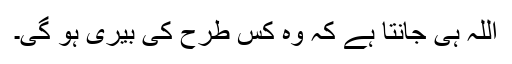
اللہ ہی جانتا ہے کہ وہ کس طرح کی بیری ہو گی۔